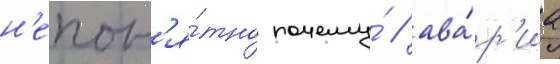
н'епон'я́тно почему́ / ава́р'иа